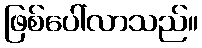
ဖြစ်ပေါ်လာသည်။